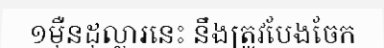
១ម៉ឺនដុល្លារនេះ នឹងត្រូវបែងចែក